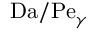
\mathrm { D a } / \mathrm { P e } _ { \gamma }